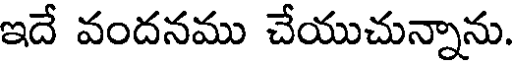
ఇదే వందనము చేయుచున్నాను.